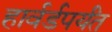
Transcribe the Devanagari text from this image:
हार्वर्डपर्यंत